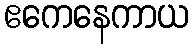
ဧကေနေကာယ